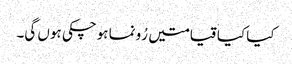
کیا کیا قیامتیں رُونما ہوچکی ہوں گی۔